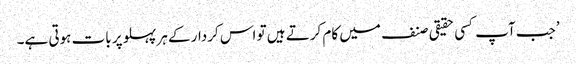
’جب آپ کسی حقیقی صنف میں کام کرتے ہیں تو اس کردار کے ہر پہلو پر بات ہوتی ہے۔